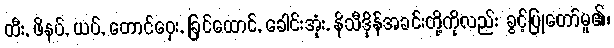
ထီး, ဖိနပ်, ယပ်, တောင်ဝှေး, ခြင်ထောင်, ခေါင်းအုံး, နိသီဒိုန်အခင်းတို့ကိုလည်း ခွင့်ပြုတော်မူ၏၊